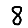
Digit: 8